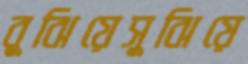
বুঝিয়েসুঝিয়ে